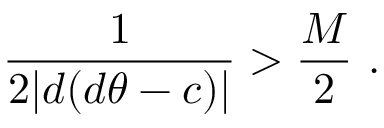
\frac { 1 } { 2 | d ( d \theta - c ) | } > \frac { M } { 2 } \ .